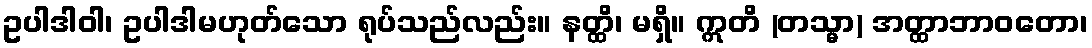
ဥပါဒါဝါ၊ ဥပါဒါမဟုတ်သော ရုပ်သည်လည်း။ နတ္ထိ၊ မရှိ။ ဣတိ (တသ္မာ) အတ္ထာဘာဝတော၊